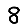
Digit: 8